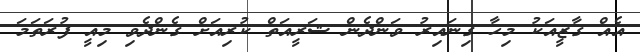
އެއް ގާޒީއަކު މިހާ ގިނައިރު ވަންދެން ޝަރީއަތް ކުރިއަށް ގެންދެވި މިއީ ފުރަތަމަ